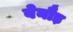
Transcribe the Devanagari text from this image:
बेनौड़